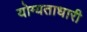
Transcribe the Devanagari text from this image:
योग्यताधारी